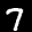
Label: 7